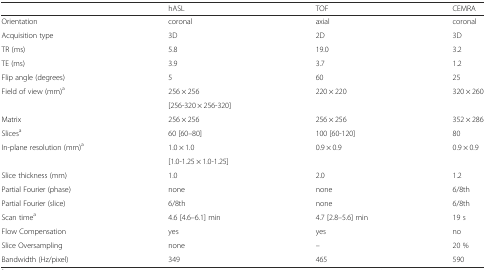
|  | hASL | TOF | CEMRA |
 | --- | --- | --- | --- |
 | Orientation | coronal | axial | coronal |
 | Acquisition type | 3D | 2D | 3D |
 | TR (ms) | 5.8 | 19.0 | 3.2 |
 | TE (ms) | 3.9 | 3.7 | 1.2 |
 | Flip angle (degrees) | 5 | 60 | 25 |
 | <ROWSPAN=2> Field of view (mm)a | 256 × 256 | <ROWSPAN=2> 220 × 220 | <ROWSPAN=2> 320 × 260 |
 | [256-320 × 256-320] |
 | Matrix | 256 × 256 | 256 × 256 | 352 × 286 |
 | Slicesa | 60 [60–80] | 100 [60-120] | 80 |
 | <ROWSPAN=2> In-plane resolution (mm)a | 1.0 × 1.0 | <ROWSPAN=2> 0.9 × 0.9 | <ROWSPAN=2> 0.9 × 0.9 |
 | [1.0-1.25 × 1.0-1.25] |
 | Slice thickness (mm) | 1.0 | 2.0 | 1.2 |
 | Partial Fourier (phase) | none | none | 6/8th |
 | Partial Fourier (slice) | 6/8th | none | 6/8th |
 | Scan timea | 4.6 [4.6–6.1] min | 4.7 [2.8–5.6] min | 19 s |
 | Flow Compensation | yes | yes | no |
 | Slice Oversampling | none | -- | 20 % |
 | Bandwidth (Hz/pixel) | 349 | 465 | 590 |